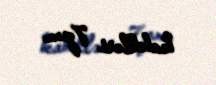
kabelləri 7p.m.